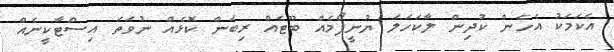
އެކަމަކު އެހެން ކުދިން ލާކަހަލަ ޔުނީފޯމެއް ބޫޓެއް ރިބަން ކޮޅެއް ނުވަތަ އިސްޓާކީނެއް